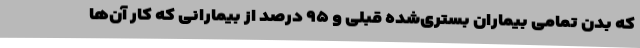
که بدن تمامی بیماران بستری‌شده قبلی و ۹۵ درصد از بیمارانی که کار آن‌ها